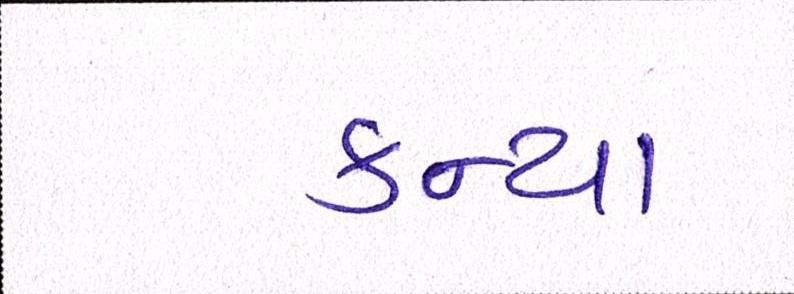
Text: કન્યા